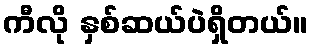
ကီလို နှစ်ဆယ်ပဲရှိတယ်။